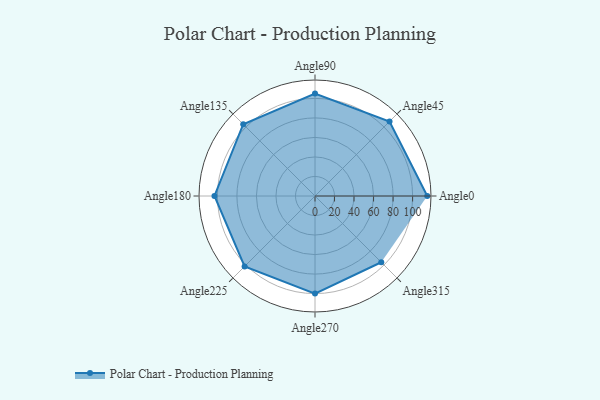
{"axis": {"x": "Angle", "y": "Radius"}, "legend": [""], "data": [{"x": "Angle0", "y": 115.0, "type": ""}, {"x": "Angle45", "y": 108.0, "type": ""}, {"x": "Angle90", "y": 105.0, "type": ""}, {"x": "Angle135", "y": 104.0, "type": ""}, {"x": "Angle180", "y": 103.0, "type": ""}, {"x": "Angle225", "y": 102.0, "type": ""}, {"x": "Angle270", "y": 100.0, "type": ""}, {"x": "Angle315", "y": 96.0, "type": ""}]}